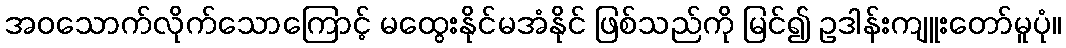
အဝသောက်လိုက်သောကြောင့် မထွေးနိုင်မအံနိုင် ဖြစ်သည်ကို မြင်၍ ဥဒါန်းကျူးတော်မူပုံ။